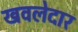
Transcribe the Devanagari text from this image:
खवलेदार